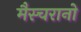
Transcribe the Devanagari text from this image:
मैस्चरानो